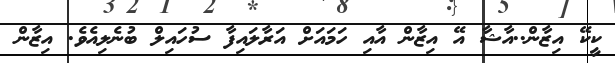
ކީކޭ އިޒާން..އާޝާ އޭ އިޒާން އާއި ހަމައަށް އަރާލައިފާ ސުހައިލް ބުނެލިއެވެ. އިޒާން